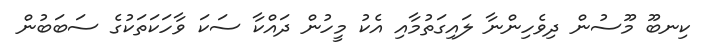
ކިނބޫ މޫސުން ދިވެހިންނާ ލައިގަތުމާއި އެކު މީހުން ދައްކާ ސަކަ ވާހަކަތަކުގެ ސަބަބުން